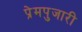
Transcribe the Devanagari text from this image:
प्रेमपुजारी